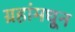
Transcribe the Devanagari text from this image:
ग्रहांमधून